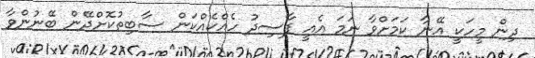
ދިން މީހަކީ އޭނާ ކަމަށްވާ ނަމަ އެއީ ފާސިދު ހެއްކެއްކަން ސާބިތުކޮށްދޭން ބޭނުންވާ